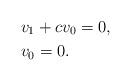
LaTeX: \begin{align*} & v_1 + c v_0 = 0 , \\ & v_0 = 0 . \end{align*}